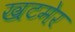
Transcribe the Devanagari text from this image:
खटमेर